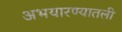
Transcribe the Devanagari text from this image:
अभयारण्यातली